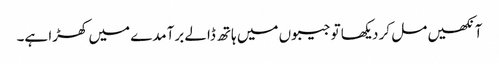
آنکھیں مل کر دیکھا تو جیبوں میں ہاتھ ڈالے برآمدے میں کھڑا ہے۔